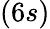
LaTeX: (6s)